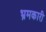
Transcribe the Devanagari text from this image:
भ्रमकारी